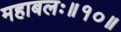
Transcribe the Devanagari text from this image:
महाबलः॥१०॥